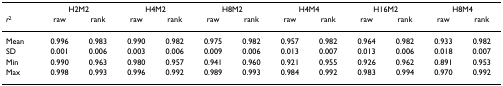
|  | <COLSPAN=2> H2M2 | <COLSPAN=2> H4M2 | <COLSPAN=2> H8M2 | <COLSPAN=2> H4M4 | <COLSPAN=2> H16M2 | <COLSPAN=2> H8M4 |
 | r2 | raw | rank | raw | rank | raw | rank | raw | rank | raw | rank | raw | rank |
 | --- | --- | --- | --- | --- | --- | --- | --- | --- | --- | --- | --- | --- |
 | Mean | 0.996 | 0.983 | 0.990 | 0.982 | 0.975 | 0.982 | 0.957 | 0.982 | 0.964 | 0.982 | 0.933 | 0.982 |
 | SD | 0.001 | 0.006 | 0.003 | 0.006 | 0.009 | 0.006 | 0.013 | 0.007 | 0.013 | 0.006 | 0.018 | 0.007 |
 | Min | 0.990 | 0.963 | 0.980 | 0.957 | 0.941 | 0.960 | 0.921 | 0.955 | 0.926 | 0.962 | 0.891 | 0.953 |
 | Max | 0.998 | 0.993 | 0.996 | 0.992 | 0.989 | 0.993 | 0.984 | 0.992 | 0.983 | 0.994 | 0.970 | 0.992 |